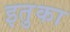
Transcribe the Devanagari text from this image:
इतुका